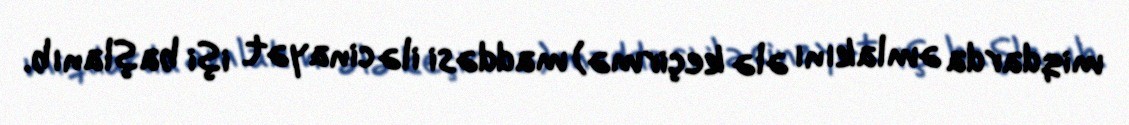
miqdarda əmlakını ələ keçirmə) maddəsi ilə cinayət işi başlanıb.